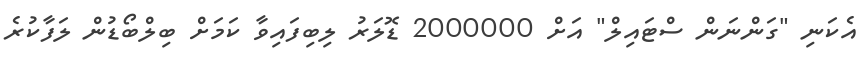
އެކަނި "ގަންނަން ސްޓައިލް" އަށް 2000000 ޑޮލަރު ލިބިފައިވާ ކަމަށް ބިލްބޯޑުން ލަފާކުރެ